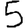
Digit: 5